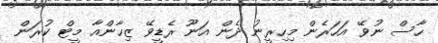
ހާސް ނުވޭ އަހަރެން މިހިރީނު ދެން އަނޫ ރެޑީވޭ ޒިހާންއާ މީޓް ކުރަން